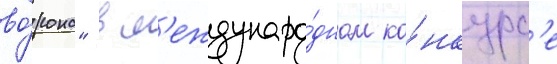
во́рона" в м'еждунаро́дном ко́нкурс'е